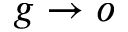
g \rightarrow o